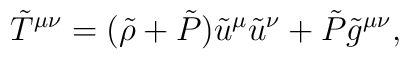
\tilde T^{\mu\nu}=(\tilde \rho+\tilde P)\tilde u^{\mu}    \tilde u^{\nu}+\tilde P\tilde g^{\mu\nu},